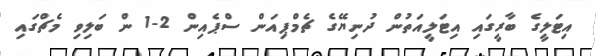
އިޓަލީގެ ބާރީގައި އިޓަލީއަތުން ދުނިޔޭގެ ޗެމްޕިއަން ސްޕެއިން 2-1 ން ބަލިވި މެޗްގައި